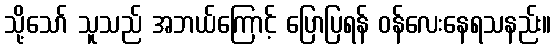
သို့သော် သူသည် အဘယ်ကြောင့် ပြောပြရန် ဝန်လေးနေရသနည်း။